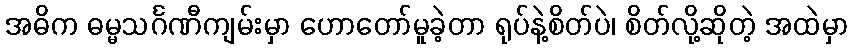
အဓိက ဓမ္မသင်္ဂဏီကျမ်းမှာ ဟောတော်မူခဲ့တာ ရုပ်နဲ့စိတ်ပဲ၊ စိတ်လို့ဆိုတဲ့ အထဲမှာ